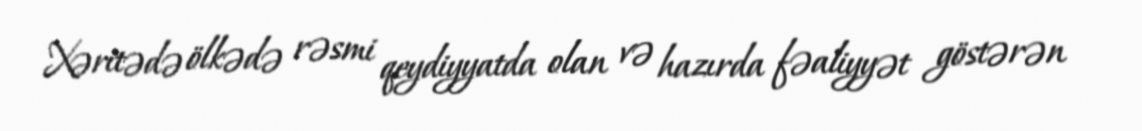
Xəritədə ölkədə rəsmi qeydiyyatda olan və hazırda fəaliyyət göstərən